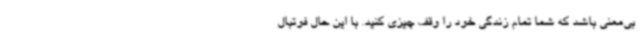
بی‌معنی باشد که شما تمام زندگی خود را وقف چیزی کنید. با این حال فوتبال